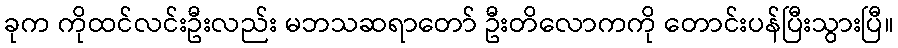
ခုက ကိုထင်လင်းဦးလည်း မဘသဆရာတော် ဦးတိလောကကို တောင်းပန်ပြီးသွားပြီ။